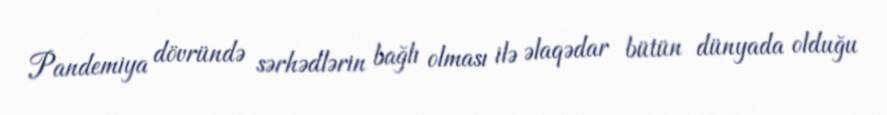
Pandemiya dövründə sərhədlərin bağlı olması ilə əlaqədar bütün dünyada olduğu